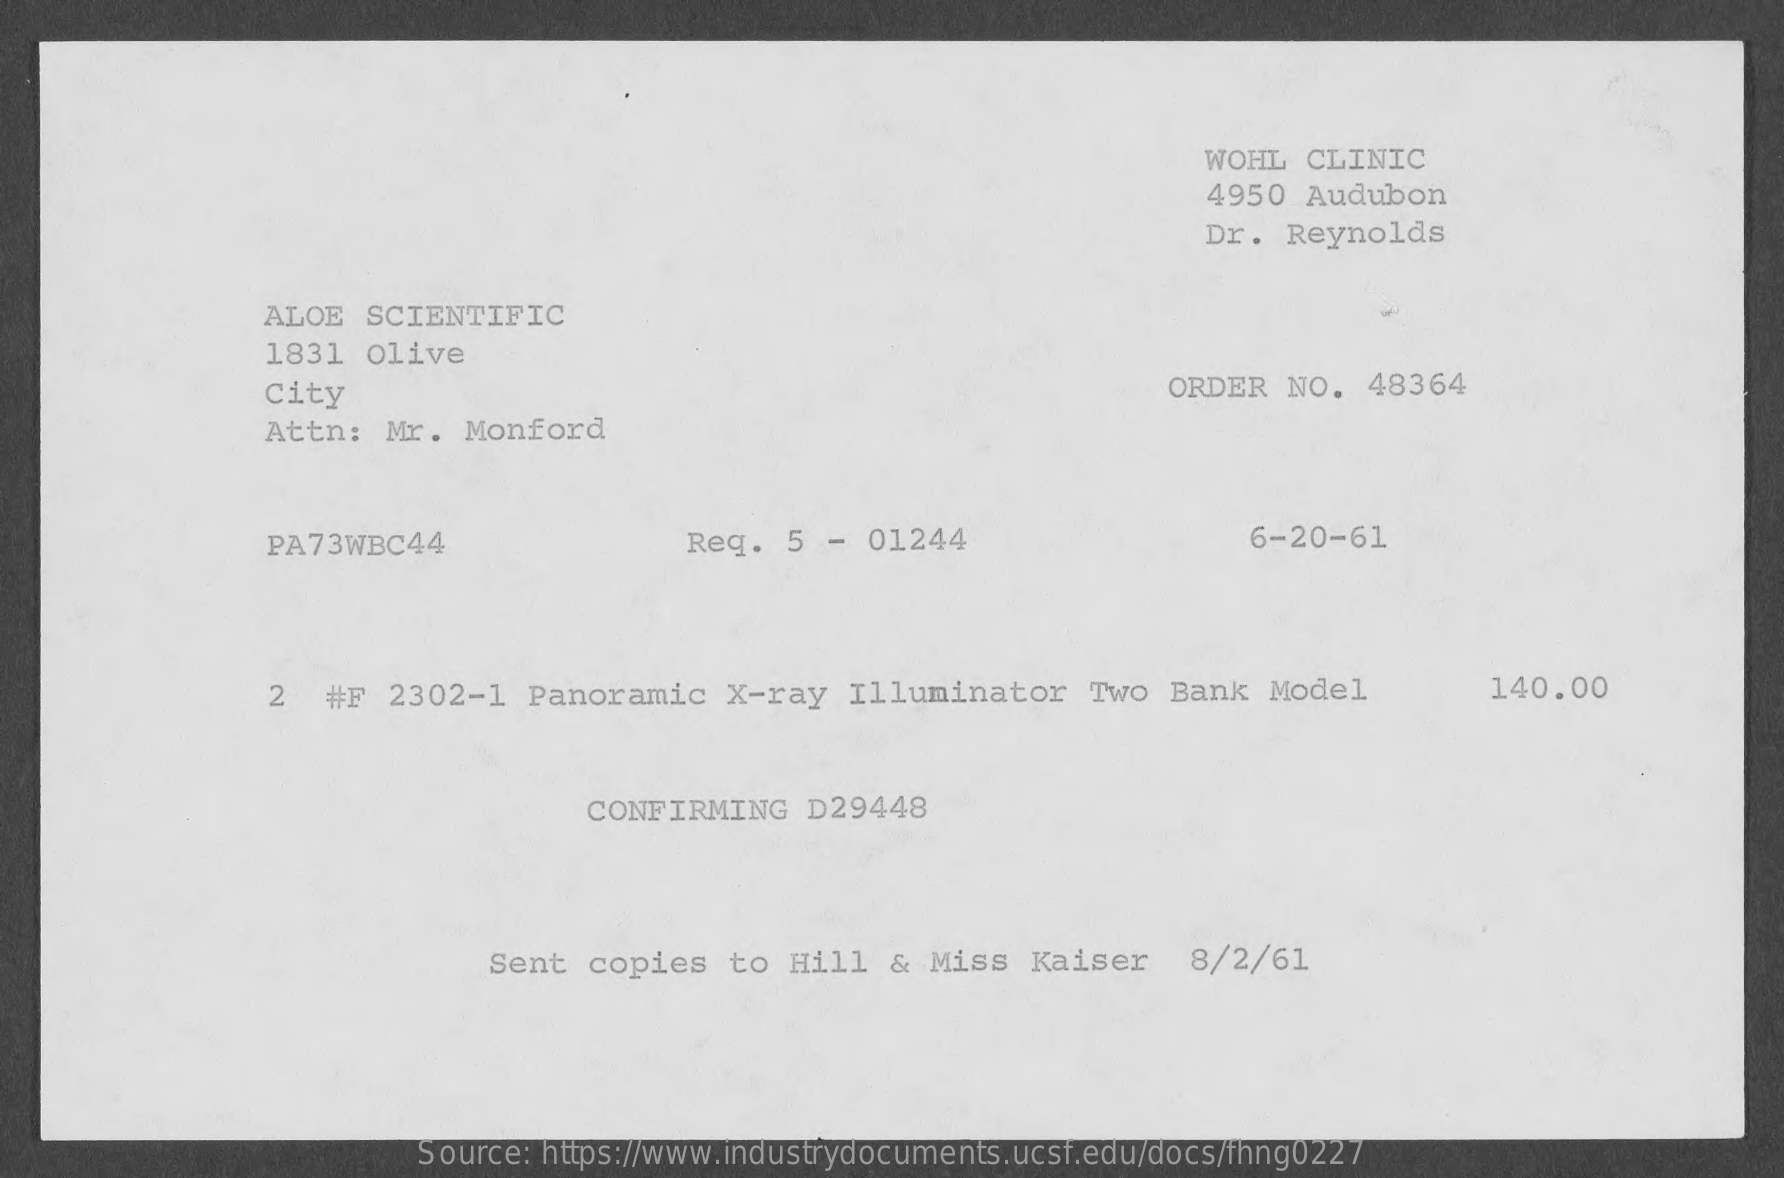
WOHL  CLINIC
     4950 Audubon
     Dr. Reynolds
     ALOE  SCIENTIFIC
     1831  olive
     City    ORDER  NO.   48364
     Attn:  Mr.  Monford
     PA73WBC44    Req.  5  - 01244    6-20-61
     2  #F  2302-1   Panoramic   X-ray   Illuminator    Two  Bank  Model    140.00
     CONFIRMING   D29448
     Sent  copies   to Hill   & Miss  Kaiser    8/2/61
     Source: https://www.industrydocuments.ucsf.edu/docs/fhng0227